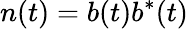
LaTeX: n(t)=b(t)b^{*}(t)